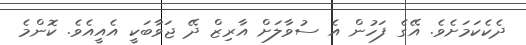
ދެކެކަމަށެވެ. އޭގެ ފަހުން އެ ސުވާލަށް އާރިޒް ދޭ ޖަވާބަކީ އެއީއެވެ. ކޮންމެ